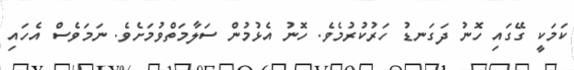
ކަމަކީ ގޭގައި ހޮނު ދަގަނޑު ހަރުކުރުމެވެ. ހޮނު އެޅުމުން ސަލާމަތްވުމަށެވެ. ނަމަވެސް އެހައި